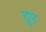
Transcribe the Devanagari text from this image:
द्रुप